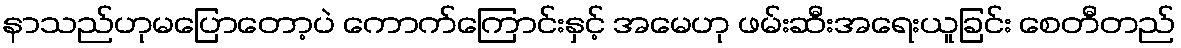
နာသည်ဟုမပြောတော့ပဲ ကောက်ကြောင်းနှင့် အမေဟု ဖမ်းဆီးအရေးယူခြင်း စေတီတည်